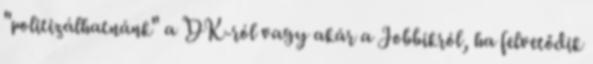
"politizálhatnánk" a DK-ról vagy akár a Jobbikról, ha felvetődik